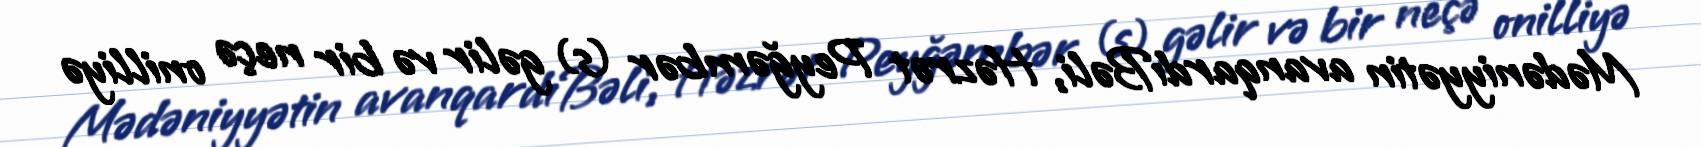
Mədəniyyətin avanqardıBəli, Həzrət Peyğəmbər (s) gəlir və bir neçə onilliyə